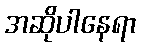
အဆိုပါနေရာ